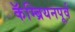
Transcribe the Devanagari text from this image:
कॅम्ब्रियनपूर्व